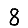
Digit: 8